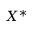
X ^ { * }